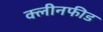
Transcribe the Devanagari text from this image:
क्लीनफीड